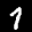
Label: 1